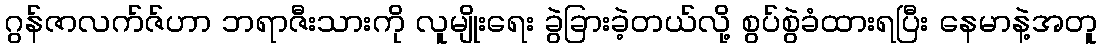
ဂွန်ဇာလက်ဇ်ဟာ ဘရာဇီးသားကို လူမျိုးရေး ခွဲခြားခဲ့တယ်လို့ စွပ်စွဲခံထားရပြီး နေမာနဲ့အတူ